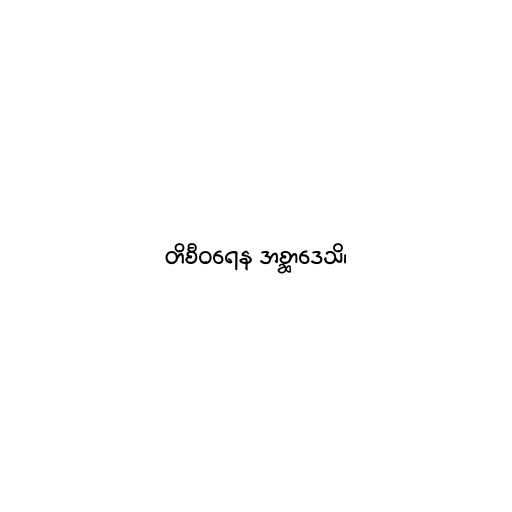
တိစီဝရေန အစ္ဆာဒေသိ၊